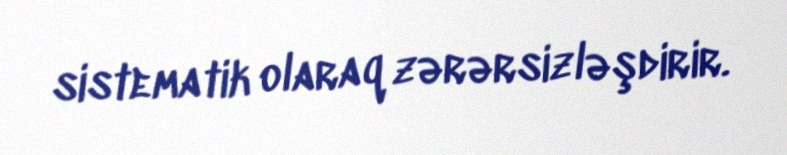
sistematik olaraq zərərsizləşdirir.